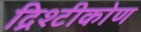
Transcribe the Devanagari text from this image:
द्रिश्टीकोण